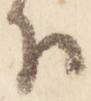
下